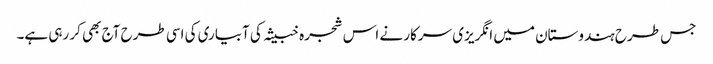
جس طرح ہندوستان میں انگریزی سرکار نے اس شجرہ خبیثہ کی آبیاری کی اسی طرح آج بھی کر رہی ہے۔